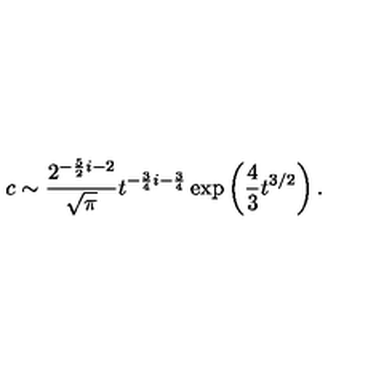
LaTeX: c \sim { \frac { 2 ^ { - { \frac { 5 } { 2 } } i - 2 } } { \sqrt { \pi } } } t ^ { - { \frac { 3 } { 4 } } i - { \frac { 3 } { 4 } } } \exp \left( { \frac { 4 } { 3 } } t ^ { 3 / 2 } \right) .